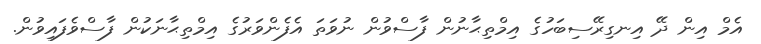
އެމް އިން ދޭ އިނގިރޭސިބަހުގެ އިމްތިޙާނުން ފާސްވުން ނުވަތަ އެފެންވަރުގެ އިމްތިޙާނަކުން ފާސްވެފައިވުން.